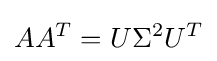
AA^{T}=U\Sigma ^{2}U^{T}